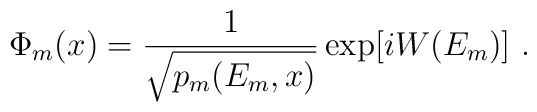
\Phi_m (x) = {1\over \sqrt{p_m(E_m,x)}}\exp [i W (E_m)] \ .